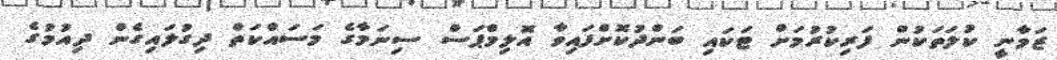
ޒަމާނީ ކުލަތަކުން ފަރިކުރުމަށް ޓަކައި ބަންދުކޮށްފައިވާ އޮލިމްޕަސް ސިނަމާގެ މަސައްކަތް ދިގުލައިގެން ދިއުމުގެ